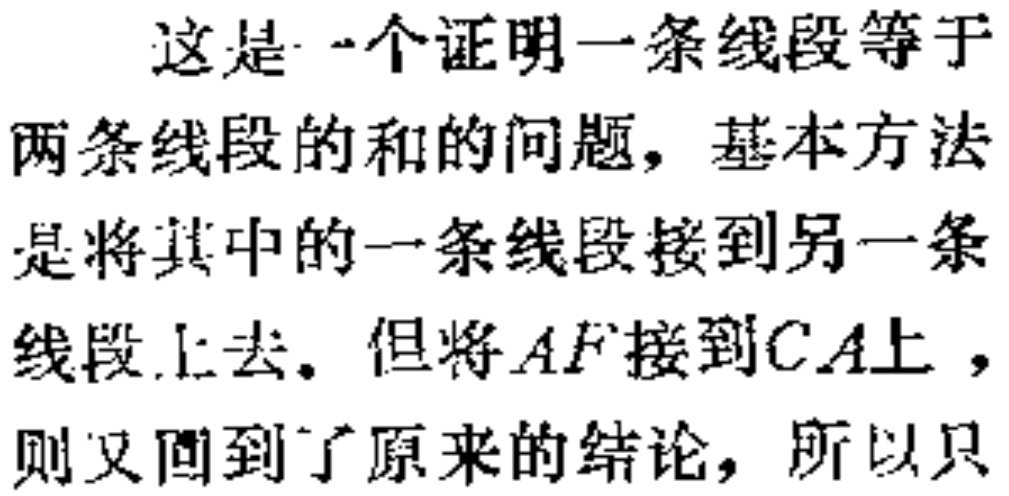
这是一个证明一条线段等于两条线段的和的问题，基本方法是将其中的一条线段接到另一条线段上去。但将\(AF\)接到\(CA\)上，则又回到了原来的结论，所以只